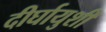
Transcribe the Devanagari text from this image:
दीर्घायुशी